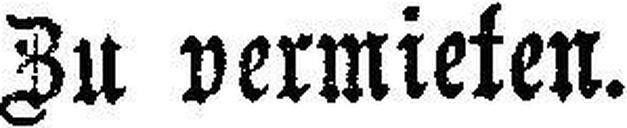
ZU vermieten.